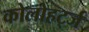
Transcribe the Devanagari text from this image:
कोलोहर्ट्ज